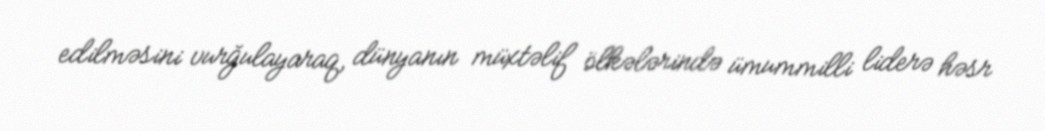
edilməsini vurğulayaraq, dünyanın müxtəlif ölkələrində ümummilli liderə həsr